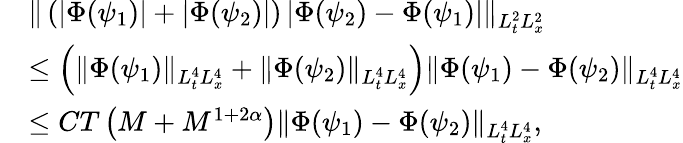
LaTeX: \begin{array}{rl}&{\| \left(|\Phi(\psi_{1})|+|\Phi(\psi_{2})|\right)\left|\Phi(\psi_{2})-\Phi(\psi_{1})\right|\| _{L_{t}^{2}L_{x}^{2}}}\\ &{\leq\left(\| \Phi(\psi_{1})\| _{L_{t}^{4}L_{x}^{4}}+\| \Phi(\psi_{2})\| _{L_{t}^{4}L_{x}^{4}}\right)\| \Phi(\psi_{1})-\Phi(\psi_{2})\| _{L_{t}^{4}L_{x}^{4}}}\\ &{\leq CT\left(M+M^{1+2\alpha}\right)\| \Phi(\psi_{1})-\Phi(\psi_{2})\| _{L_{t}^{4}L_{x}^{4}},}\end{array}